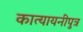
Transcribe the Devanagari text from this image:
कात्यायनीपुत्र